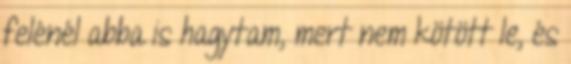
felénél abba is hagytam, mert nem kötött le, és